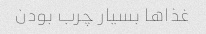
غذاها بسیار چرب بودن